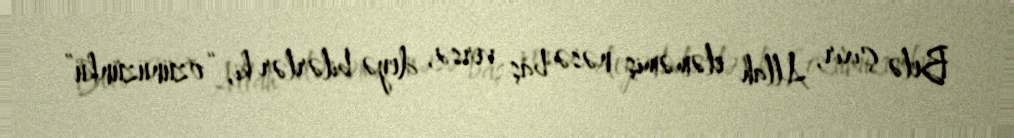
Belə çıxır, Allah eləməmiş nəsə baş versə, deyə bilərlər ki, “özünüzünkü”